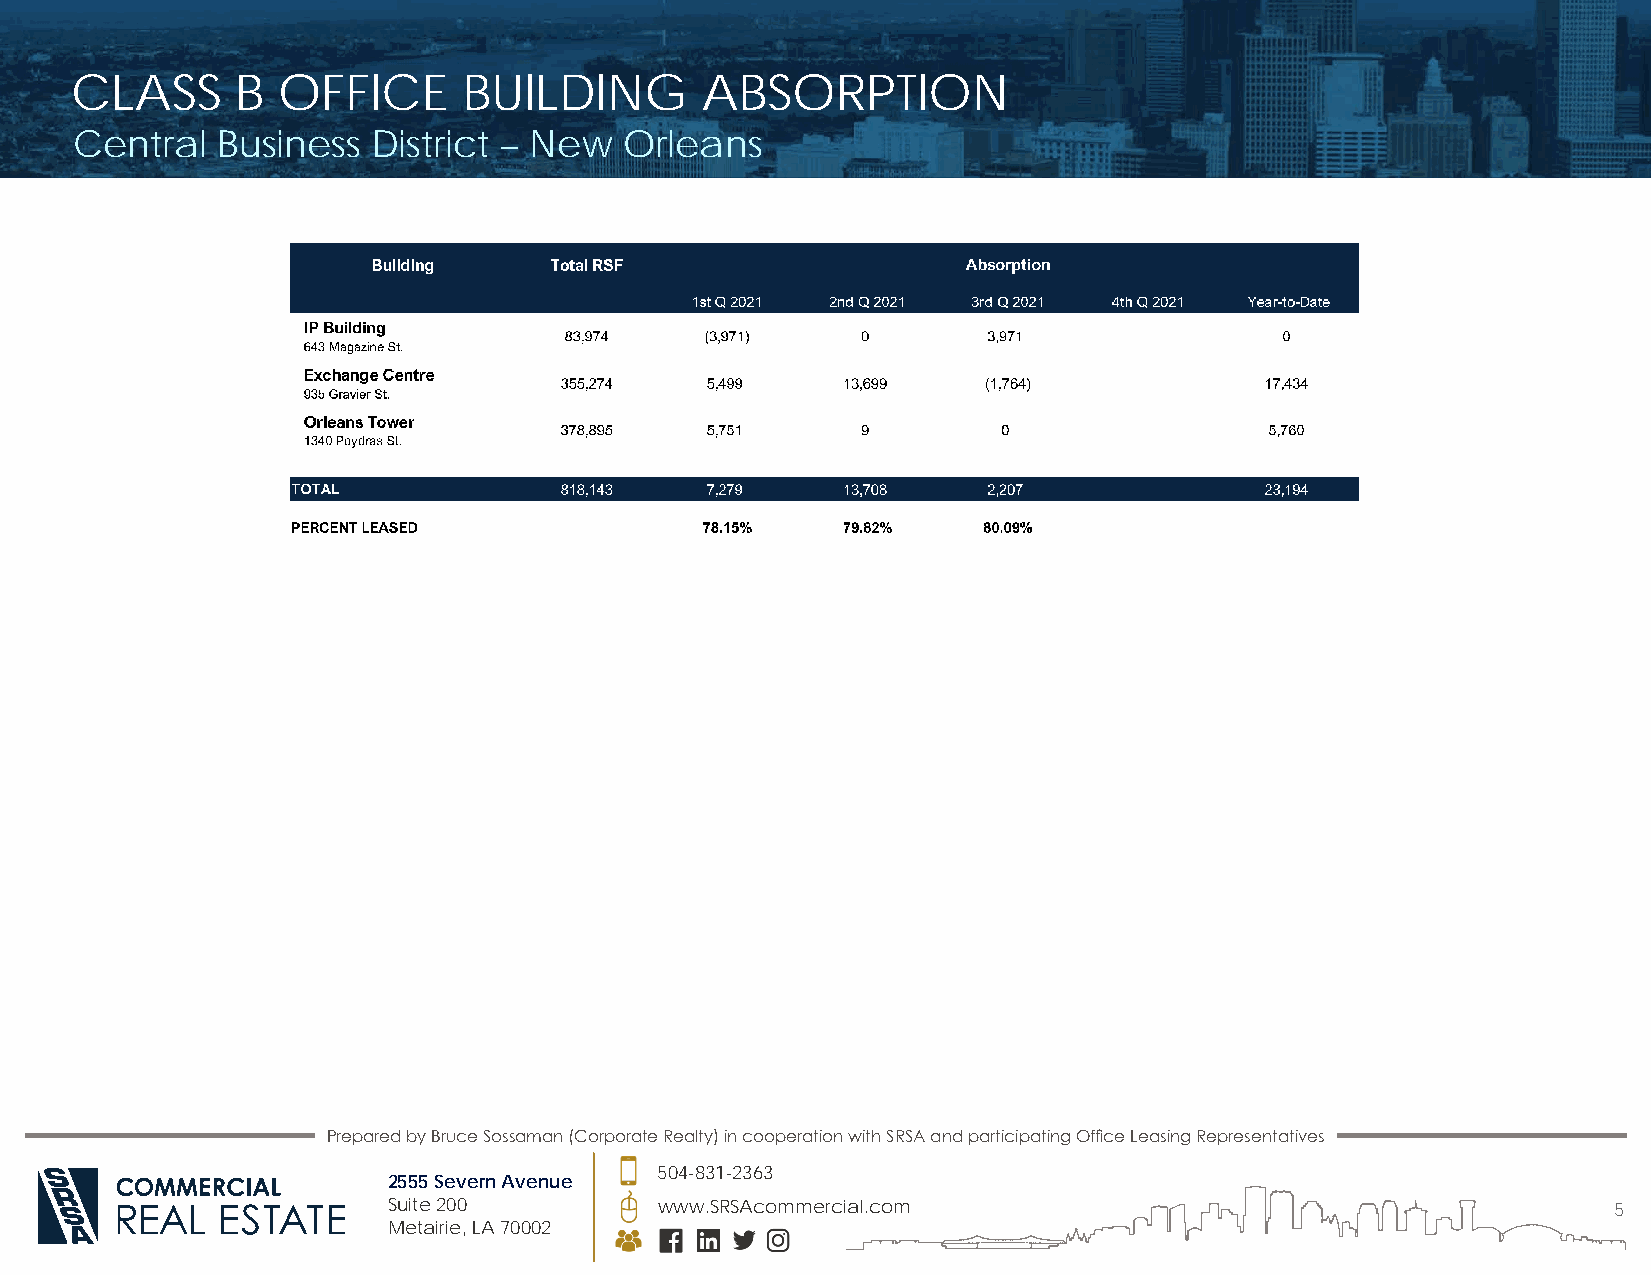
CLASS      B OFFICE       BUILDING       ABSORPTION
 Central  Business   District – New  Orleans
 Prepared by Bruce Sossaman (Corporate Realty) in cooperation with SRSA and participating Office Leasing Representatives
 504-831-2363
 2555 Severn Avenue
 Suite 200         www.SRSAcommercial.com                                         5
 Metairie, LA 70002